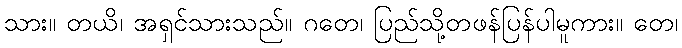
သား။ တယိ၊ အရှင်သားသည်။ ဂတေ၊ ပြည်သို့တဖန်ပြန်ပါမူကား။ တေ၊